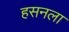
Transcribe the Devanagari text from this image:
हसनला